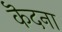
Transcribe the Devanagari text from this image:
कॆदना